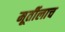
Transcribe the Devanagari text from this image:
मूर्तीलाच